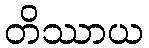
တိဿာယ